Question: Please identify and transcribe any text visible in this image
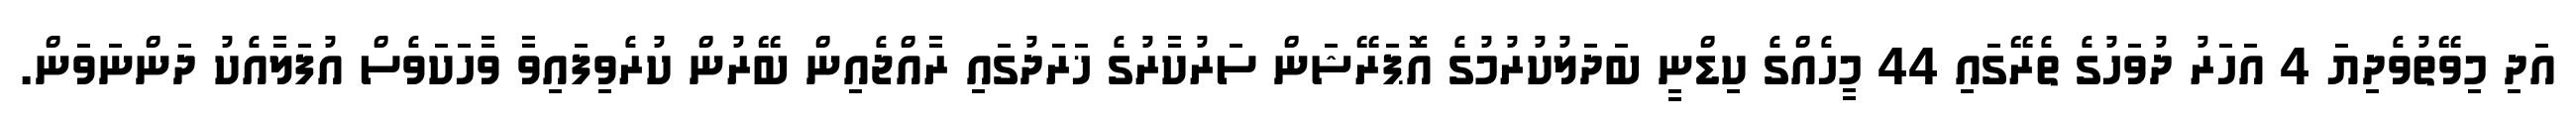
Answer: އަދި މިވޭތުވެދިޔަ 4 އަހަރު ދުވަހުގެ ތެރޭގައި 44 މީހެއްގެ ކިޑްނީ ބަދަލުކުރުމުގެ އޮޕަރޭޝަން ސަރުކާރުގެ ޚަރަދުގައި ރާއްޖެއިން ބޭރުން ކުރެވިފައިވާ ވާހަކަވެސް އުފަލާއެކު ދަންނަވަން.